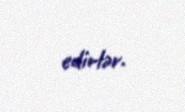
edirlər.